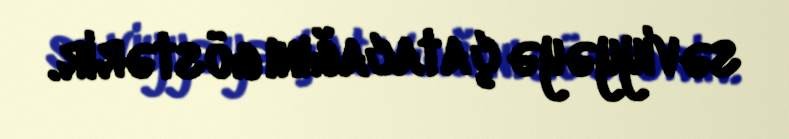
səviyyəyə çatacağını göstərir.